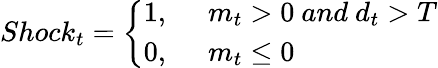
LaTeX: Shock_{t}=\left\{ \begin{array}{ll}{1,}&{~~m_{t}>0~and~d_{t}>T}\\ {0,}&{~~m_{t}\le 0}\end{array}\right.